Insane asylums in Bengal annual reports 1867-1875 - 1867-1875
Year: 1867
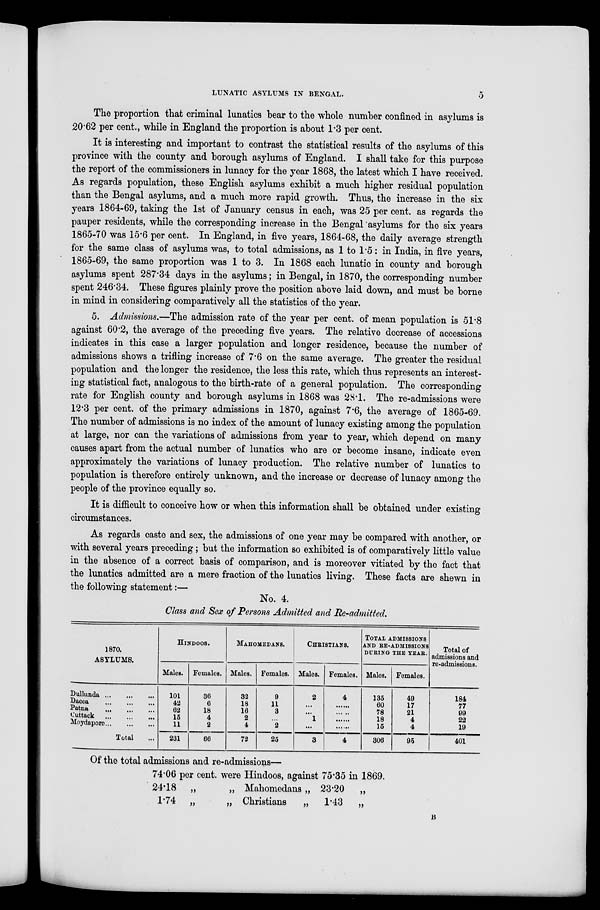
LUNATIC ASYLUMS IN BENGAL.
5
The proportion that criminal lunatics bear to the whole number confined in asylums is
20.62 per cent., while in England the proportion is about 1.3 per cent.
It is interesting and important to contrast the statistical results of the asylums of this
province with the county and borough asylums of England. I shall take for this purpose
the report of the commissioners in lunacy for the year 1868, the latest which I have received.
As regards population, these English asylums exhibit a much higher residual population
than the Bengal asylums, and a much more rapid growth. Thus, the increase in the six
years 1864-69, taking the 1st of January census in each, was 25 per cent. as regards the
pauper residents, while the corresponding increase in the Bengal asylums for the six years
1865-70 was 15.6 per cent. In England, in five years, 1864-68, the daily average strength
for the same class of asylums was, to total admissions, as 1 to 1.5: in India, in five years,
1865-69, the same proportion was 1 to 3. In 1868 each lunatic in county and borough
asylums spent 287.34 days in the asylums; in Bengal, in 1870, the corresponding number
spent 246.34. These figures plainly prove the position above laid down, and must be borne
in mind in considering comparatively all the statistics of the year.
5. Admissions.—The admission rate of the year per cent. of mean population is 51.8
against 60.2, the average of the preceding five years. The relative decrease of accessions
indicates in this case a larger population and longer residence, because the number of
admissions shows a trifling increase of 7.6 on the same average. The greater the residual
population and the longer the residence, the less this rate, which thus represents an interest-
ing statistical fact, analogous to the birth-rate of a general population. The corresponding
rate for English county and borough asylums in 1868 was 28.1. The re-admissions were
12.3 per cent. of the primary admissions in 1870, against 7.6, the average of 1865-69.
The number of admissions is no index of the amount of lunacy existing among the population
at large, nor can the variations of admissions from year to year, which depend on many
causes apart from the actual number of lunatics who are or become insane, indicate even
approximately the variations of lunacy production. The relative number of lunatics to
population is therefore entirely unknown, and the increase or decrease of lunacy among the
people of the province equally so.
It is difficult to conceive how or when this information shall be obtained under existing
circumstances.
As regards caste and sex, the admissions of one year may be compared with another, or
with several years preceding; but the information so exhibited is of comparatively little value
in the absence of a correct basis of comparison, and is moreover vitiated by the fact that
the lunatics admitted are a mere fraction of the lunatics living. These facts are shewn in
the following statement:—
No. 4.
Class and Sex of Persons Admitted and Re-admitted.
1870.
ASYLUMS.
Dullunda
...
...
...
Dacca
...
...
...
Patna
...
...
...
Cuttack
...
...
...
Moydapore
...
...
...
Total ...
HINDOOS.
Males.
101
42
62
15
11
231
Females.
36
6
18
4
2
66
MAHOMEDANS.
Males.
32
18
16
2
4
72
Females.
9
11
3
...
2
25
CHRISTIANS.
Males.
2
...
...
1
...
3
Females.
4
......
......
......
......
4
TOTAL ADMISSIONS
AND RE-ADMISSIONS
DURING THE YEAR.
Males.
135
60
78
18
15
306
Females.
49
17
21
4
4
95
Total of
admissions and
re-admissions.
184
77
99
22
19
401
Of the total admissions and re-admissions—
74.06 per cent. were Hindoos, against 75.35 in 1869.
24.18 „ „
Mahomedans „ 23.20 „
1.74 „ „
Christians
„ 1.43 „
B